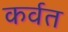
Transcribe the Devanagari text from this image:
कर्वत